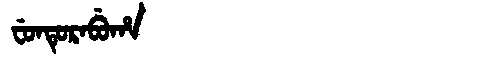
Manchu: ᠸᡠᠨᡨᡠᡵᠠᠪᡠᡥᠠ
Romanization: FUNTURABUHA